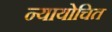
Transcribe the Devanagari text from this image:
न्‍यायोचित